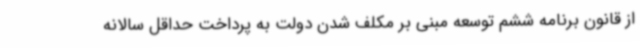
از قانون برنامه ششم توسعه مبنی بر مکلف شدن دولت به پرداخت حداقل سالانه